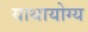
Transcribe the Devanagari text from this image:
याथायोग्य